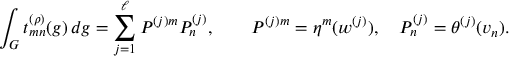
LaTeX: \int _ { G } t _ { m n } ^ { ( \rho ) } ( g ) \, d g = \sum _ { j = 1 } ^ { \ell } P ^ { ( j ) m } P _ { n } ^ { ( j ) } , \qquad P ^ { ( j ) m } = \eta ^ { m } ( w ^ { ( j ) } ) , \quad P _ { n } ^ { ( j ) } = \theta ^ { ( j ) } ( v _ { n } ) .